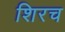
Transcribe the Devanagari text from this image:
शिरच